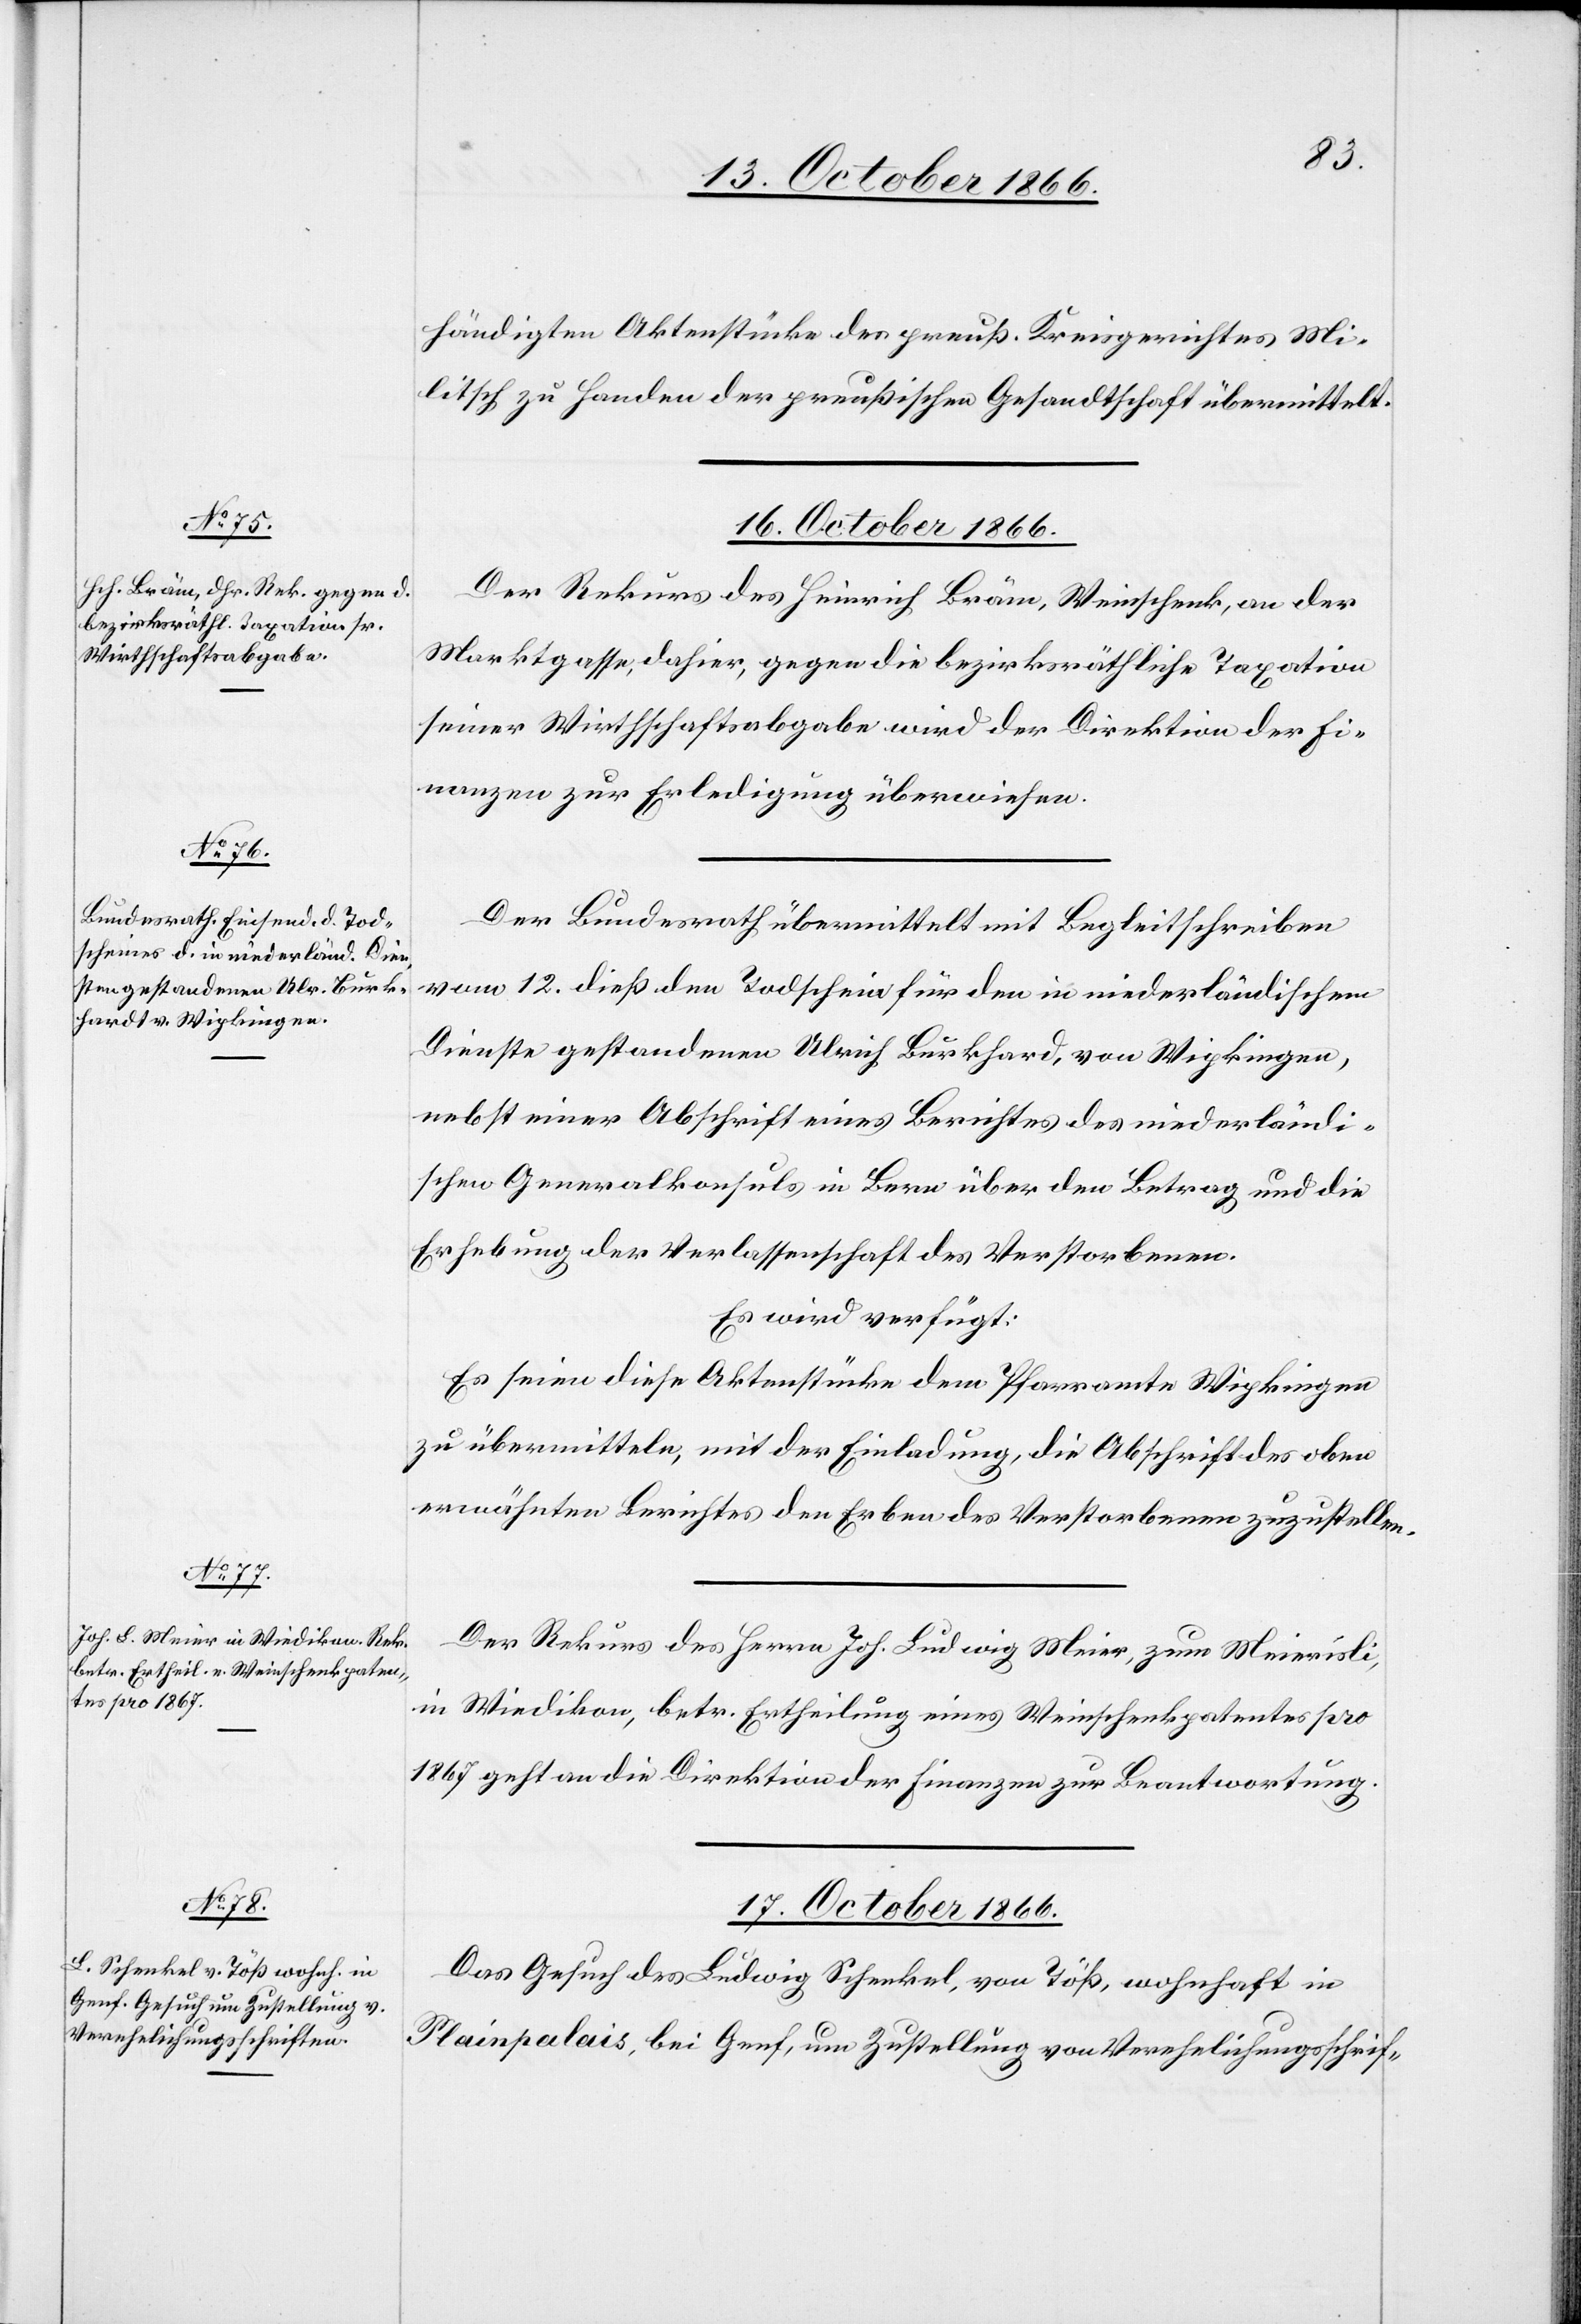
händigten Aktenstücke der preuß. Kreisgerichtes Mi¬
litsch zu Handen der preußischen Gesandtschaft übermittelt.
16. October 1866.]
Der Rekurs des Heinrich Bräm, Weinschenk, an der
Marktgasse, dahier, gegen die bezirksräthliche Taxation
seiner Wirthschaftsabgabe wird der Direktion der Fi¬
nanzen zur Erledigung überwiesen.
Der Bundesrath übermittelt mit Begleitschreiben
vom 12. dieß den Todschein für den in niederländischem
Dienste gestandenen Ulrich Burkhard [sic!], von Wipkingen,
nebst einer Abschrift eines Berichtes des niederländi¬
schen Generalkonsuls in Bern über den Betrag und die
Erhebung der Verlassenschaft des Verstorbenen.
Es wird verfügt:
Es seien diese Aktenstücke dem Pfarramte Wipkingen
zu übermitteln, mit der Einladung, die Abschrift des oben
erwähnten Berichtes den Erben des Verstorbenen zuzustellen.
Der Rekurs des Herrn Joh. Ludwig Meier, zum Meierisli,
in Wiedikon, betr. Ertheilung eines Weinschenkpatentes pro
1867 geht an die Direktion der Finanzen zur Beantwortung.
17. October 1866.
Das Gesuch des Ludwig Schenkel, von Töß, wohnhaft in
Plainpalais, bei Genf, um Zustellung von Verehelichungsschrif-